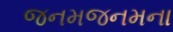
જનમજનમના